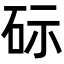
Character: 𮀔